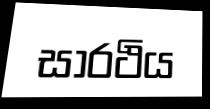
සාරථිය